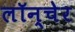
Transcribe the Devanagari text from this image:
लॉन्चेर